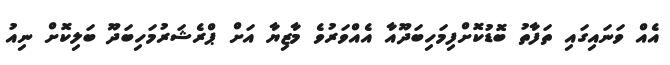
އެއް ވަނައިގައި ތަފާތު ބޮޑުކޮށްފިމަހިބަދޫއާ އެއްވަރުވެ މާޒިޔާ އަށް ޕްރެޝަރުމަހިބަދޫ ބަލިކޮށް ނިއު